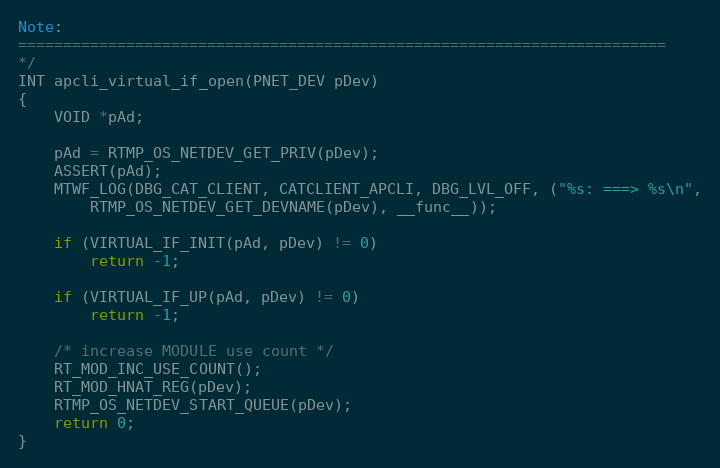
Language: C
Note:
========================================================================
*/
INT apcli_virtual_if_open(PNET_DEV pDev)
{
	VOID *pAd;

	pAd = RTMP_OS_NETDEV_GET_PRIV(pDev);
	ASSERT(pAd);
	MTWF_LOG(DBG_CAT_CLIENT, CATCLIENT_APCLI, DBG_LVL_OFF, ("%s: ===> %s\n",
		RTMP_OS_NETDEV_GET_DEVNAME(pDev), __func__));

	if (VIRTUAL_IF_INIT(pAd, pDev) != 0)
		return -1;

	if (VIRTUAL_IF_UP(pAd, pDev) != 0)
		return -1;

	/* increase MODULE use count */
	RT_MOD_INC_USE_COUNT();
	RT_MOD_HNAT_REG(pDev);
	RTMP_OS_NETDEV_START_QUEUE(pDev);
	return 0;
}